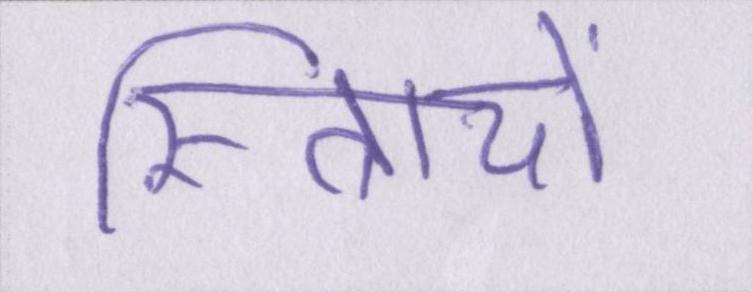
स्त्रिायों